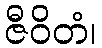
ဇီဝိတံ၊